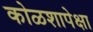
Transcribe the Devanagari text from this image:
कोळशापेक्षा